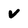
Character: v